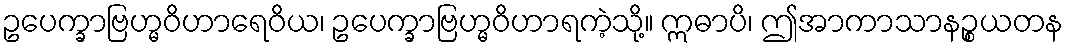
ဥပေက္ခာဗြဟ္မဝိဟာရေဝိယ၊ ဥပေက္ခာဗြဟ္မဝိဟာရကဲ့သို့။ ဣဓာပိ၊ ဤအာကာသာနဉ္စယတန